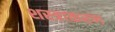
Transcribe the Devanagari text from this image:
शस्त्राकरण